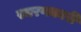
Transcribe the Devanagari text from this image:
स्मरणकारी